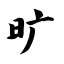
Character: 旷